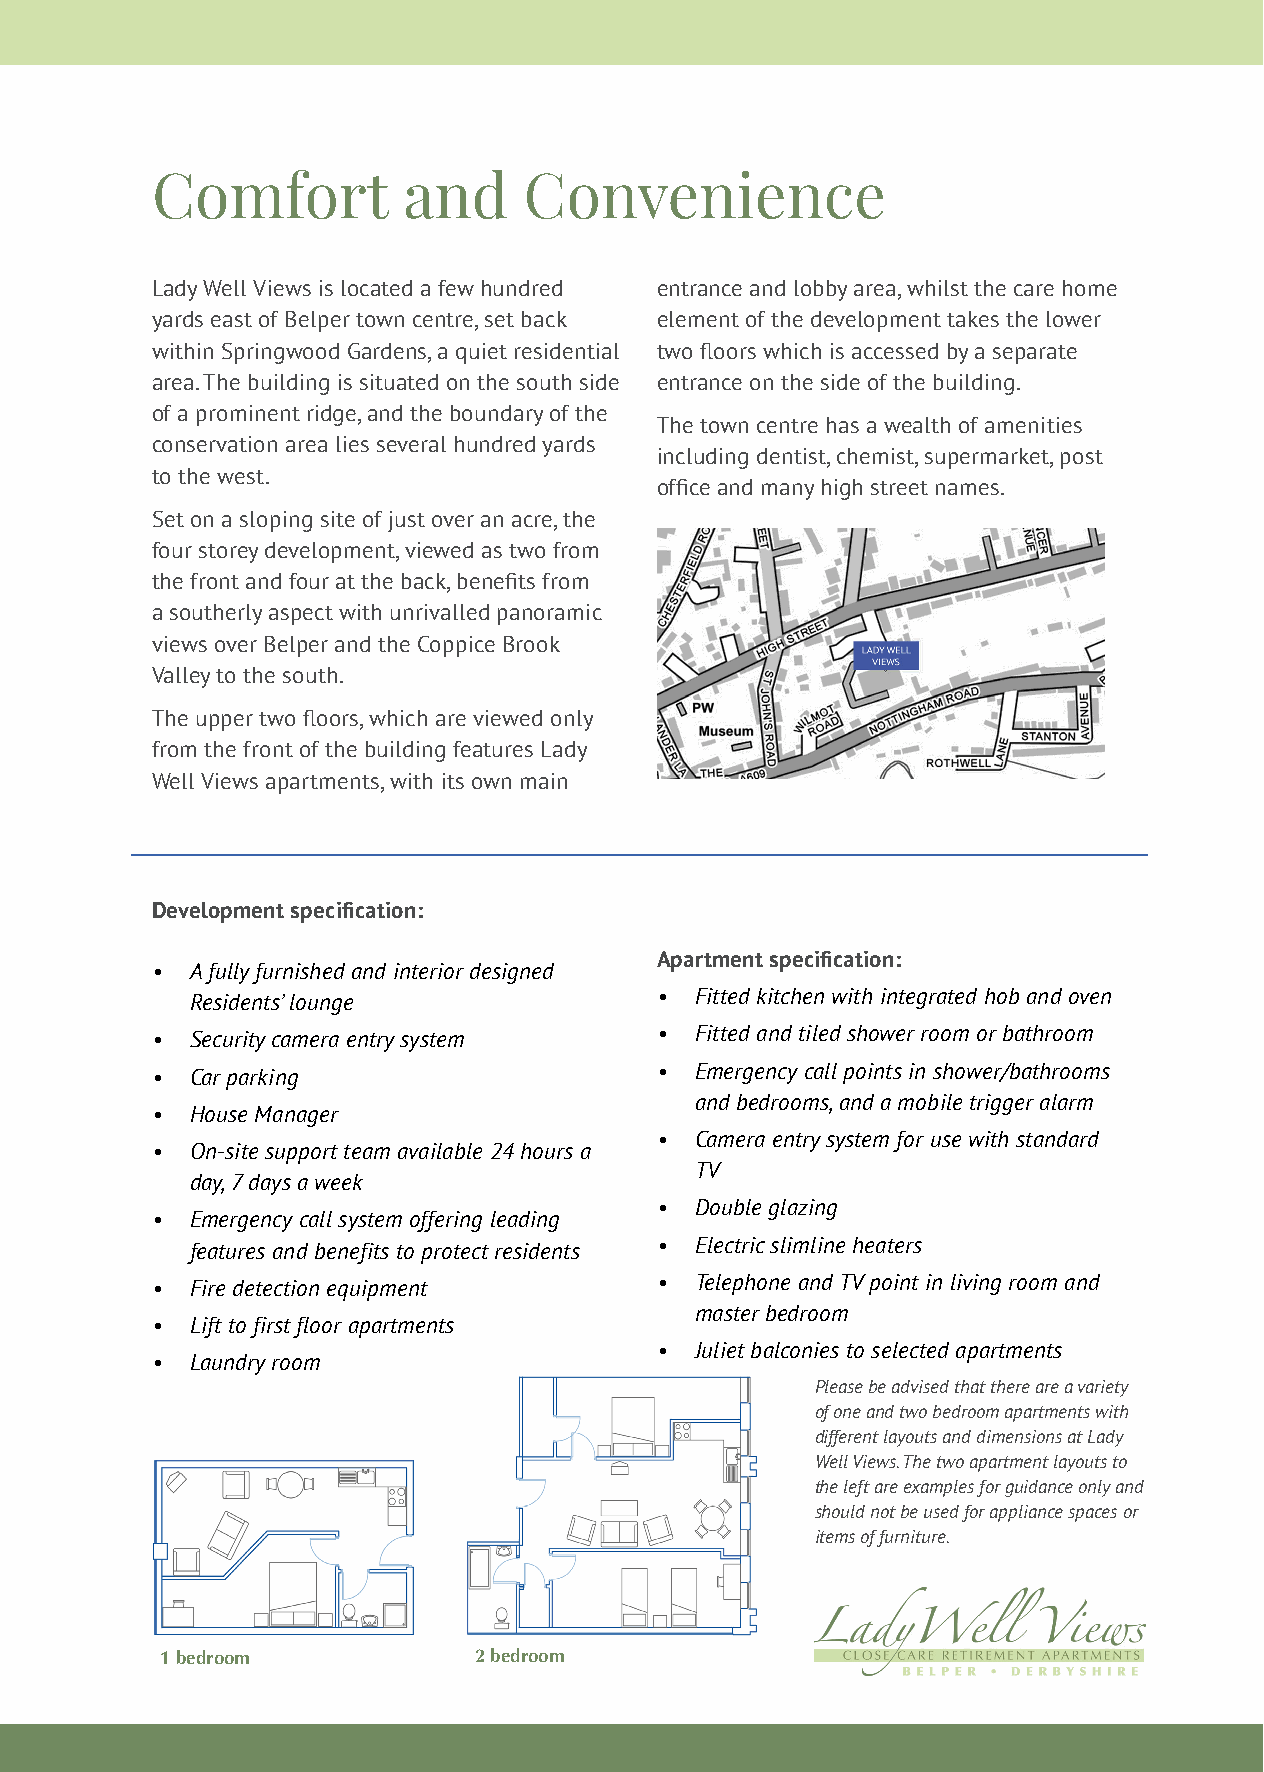
Comfort          and     Convenience
 Lady Well Views is located a few hundred entrance and lobby area, whilst the care home
 yards east of Belper town centre, set back element of the development takes the lower
 within Springwood Gardens, a quiet residential two floors which is accessed by a separate
 area. The building is situated on the south side entrance on the side of the building.
 of a prominent ridge, and the boundary of the
 The town centre has a wealth of amenities
 conservation area lies several hundred yards
 including dentist, chemist, supermarket, post
 to the west.
 office and many high street names.
 Set on a sloping site of just over an acre, the
 four storey development, viewed as two from
 the front and four at the back, benefits from
 a southerly aspect with unrivalled panoramic
 views over Belper and the Coppice Brook
 Valley to the south.
 The upper two floors, which are viewed only
 from the front of the building features Lady
 Well Views apartments, with its own main
 Development specification:
 Apartment specification:
 •  A fully furnished and interior designed
 Residents’ lounge             •  Fitted kitchen with integrated hob and oven
 •  Security camera entry system  •  Fitted and tiled shower room or bathroom
 •  Car parking                   •  Emergency call points in shower/bathrooms
 and bedrooms, and a mobile trigger alarm
 •  House Manager
 •  Camera entry system for use with standard
 •  On-site support team available 24 hours a
 TV
 day, 7 days a week
 •  Double glazing
 •  Emergency call system offering leading
 features and benefits to protect residents • Electric slimline heaters
 •  Fire detection equipment      •  Telephone and TV point in living room and
 master bedroom
 •  Lift to first floor apartments
 •  Juliet balconies to selected apartments
 •  Laundry room
 Please be advised that there are a variety
 of one and two bedroom apartments with
 different layouts and dimensions at Lady
 Well Views. The two apartment layouts to
 the left are examples for guidance only and
 should not be used for appliance spaces or
 items of furniture.
 1 bedroom           2 bedroom